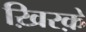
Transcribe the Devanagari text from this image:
ख़िरक़े